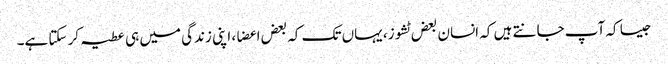
جیسا کہ آپ جانتے ہیں کہ انسان بعض ٹشوز، یہاں تک کہ بعض اعضا، اپنی زندگی میں ہی عطیہ کر سکتا ہے۔